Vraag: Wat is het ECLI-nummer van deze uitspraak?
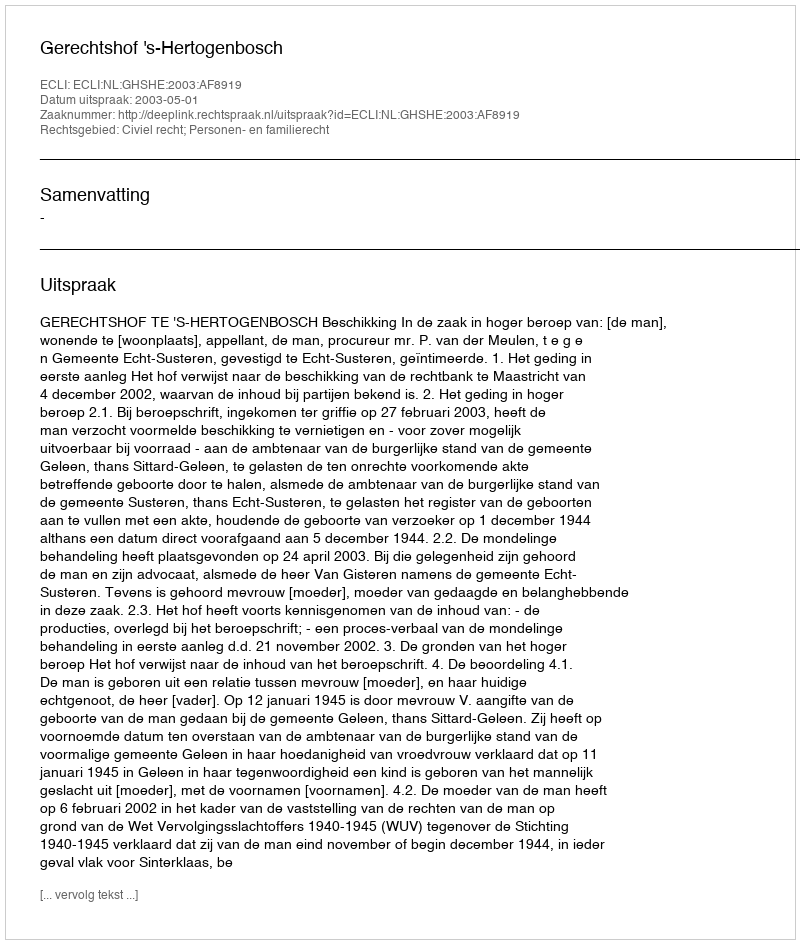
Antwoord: ECLI:NL:GHSHE:2003:AF8919